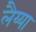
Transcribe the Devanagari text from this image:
लैय्या